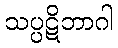
သပ္ပဋိဘာဂါ